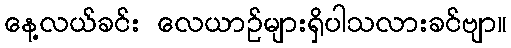
နေ့လယ်ခင်း လေယာဉ်များရှိပါသလားခင်ဗျာ။